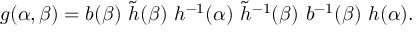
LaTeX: g ( \alpha , \beta ) = b ( \beta ) \ \tilde { h } ( \beta ) \, \, h ^ { - 1 } ( \alpha ) \, \, \tilde { h } ^ { - 1 } ( \beta ) \ b ^ { - 1 } ( \beta ) \ h ( \alpha ) .